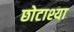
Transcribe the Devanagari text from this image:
छोटाश्या